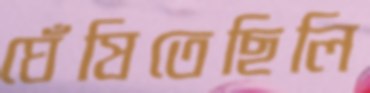
ঘেঁষিতেছিলি